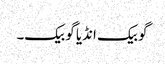
گو بیک انڈیا گو بیک۔